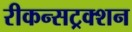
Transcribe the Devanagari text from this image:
रीकन्सट्रक्शन